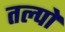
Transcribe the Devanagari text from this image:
तल्पों